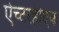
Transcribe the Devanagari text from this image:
ऐच्टरहोएक